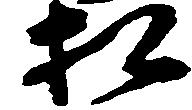
相